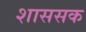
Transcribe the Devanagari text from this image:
शाससक